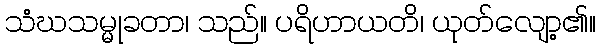
သံဃသမ္မုခတာ၊ သည်။ ပရိဟာယတိ၊ ယုတ်လျော့၏။